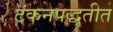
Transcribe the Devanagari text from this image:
टंकनपद्धतीत